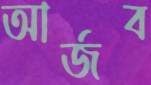
আর্জব